Report on horse surra - Volume II, Part II
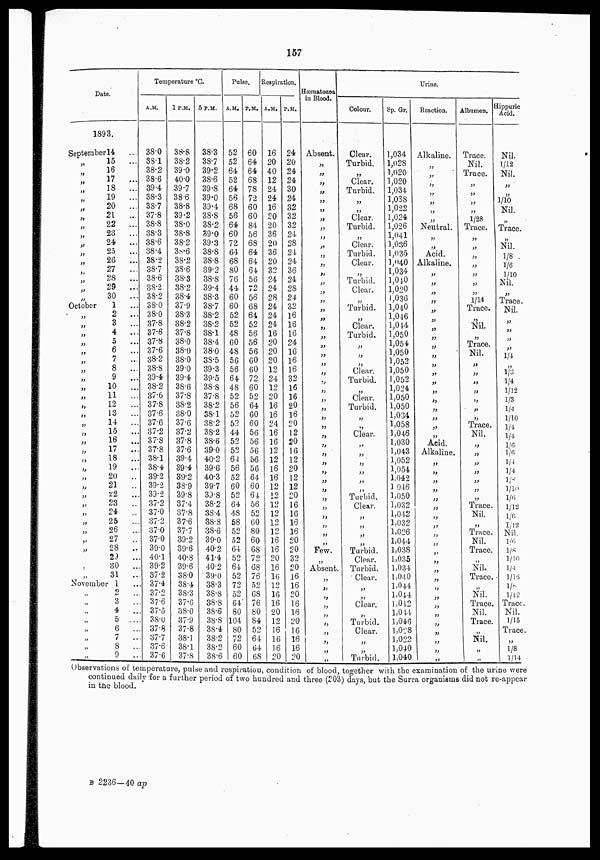
157
Date.
1893.
September 14
„
„
„
„
„
„
„
„
„
„
„
„
„
„
„
„
October
„
„
„
„
„
„
„
„
„
„
„
„
„
„
„
„
„
„
„
„
„
„
„
„
„
„
„
„
„
„
15
...
16
17
...
18
...
19
...
20
...
21
...
22
...
23
...
24
...
25
...
26
...
27
...
28
...
29
...
30
...
1
...
2
...
3
...
4
...
5
...
6
...
7
...
8
...
9
...
10
...
11
...
12
...
13
...
14
...
15
...
16
...
17
...
18
...
19
...
20
...
21 ...
22 ...
23 ...
24 ...
25 ...
26 ...
27 ...
28 ...
29
...
30 ...
31
...
November 1 ...
„
„
„
„
„
„
„
„
2 ...
3 ...
4 ...
5 ...
6 ...
7 ...
8 ...
9 ...
Temperature °C.
A.M.
38.0
38.1
38.2
38.6
39.4
38.3
38.7
37.8
38.8
38.3
38.6
38.4
38.2
38.7
38.6
38.2
38.2
38.0
38.0
37.8
37.6
37.8
37.6
38.2
38.8
39.4
38.2
37.6
37.8
37.6
37.6
37.2
37.8
37.8
38.1
38.4
39.2
39.2
39.2
37.2
37.0
37.2
37.0
37.0
39.0
40.1
39.2
37.2
37.4
37.2
37.6
37.5
38.0
37.8
37.7
37.6
37.6
1 P.M.
38.8
38.2
39.0
40.0
39.7
38.6
38.8
39.2
38.0
38.8
38.2
38.6
38.2
38.6
38.3
38.2
38.4
37.9
38.3
38.2
37.8
38.0
38.0
38.0
39.0
39.4
38.6
37.8
38.2
38.0
37.6
37.2
37.8
37.6
39.4
39.4
39.2
38.9
39.8
37.4
37.8
37.6
37.7
39.2
39.6
40.8
39.6
38.0
38.4
38.3
37.6
38.0
37.9
37.8
38.1
38.1
37.8
5 P.M.
38.3
38.7
39.2
38.6
39.8
39.0
39.4
38.8
38.2
39.0
39.3
38.8
38.8
39.2
38.8
39.4
38.3
38.7
38.2
38.2
38.1
38.4
38.0
38.5
39.3
39.5
38.8
37.8
38.2
38.1
38.2
38.2
38.6
39.0
40.2
39.6
40.3
39.7
39.8
38.2
38.4
38.8
38.6
39.0
40.2
41.4
40.2
39.0
38.3
38.8
38.8
38.6
38.8
38.4
38.2
38.2
38.6
Pulse.
A.M.
52
52
64
52
64
56
68
56
64
60
72
64
68
80
76
44
60
60
52
52
48
60
48
56
56
64
48
52
56
52
52
44
52
52
64
56
52
60
52
64
48
58
52
52
64
52
64
52
72
52
64
80
104
80
72
60
60
P.M.
60
64
64
68
78
72
60
60
84
56
68
64
64
64
56
72
56
68
64
52
56
56
56
60
60
72
60
52
64
60
60
56
56
56
56
56
64
60
64
56
52
60
80
60
68
72
68
76
52
68
76
80
84
52
64
64
68
Respiration.
A.M.
16
20
40
12
24
24
16
20
20
36
20
36
20
32
24
24
28
24
24
24
16
20
20
20
12
24
12
20
16
16
24
16
16
12
12
16
16
12
12
12
12
12
12
16
16
20
16
16
12
16
16
20
12
16
16
16
20
P.M.
24
20
24
24
30
24
32
32
32
24
28
24
24
36
24
28
24
32
16
16
16
24
16
16
16
32
16
16
20
16
20
12
20
16
12
20
12
12
20
16
16
16
16
20
20
32
20
16
16
20
16
16
20
16
16
16
20
Hæmatozoa
in Blood.
Absent.
„
„
„
„
„
„
„
„
„
„
„
„
„
„
„
„
„
„
„
„
„
„
„
„
„
„
„
„
„
„
„
„
„
„
„
„
„
„
„
„
„
„
„
Few.
„
Absent
„
„
„
„
„
„
„
„
„
„
Colour.
Clear.
Turbid.
„
Clear.
Turbid.
„
„
Clear.
Turbid.
„
Clear.
Turbid.
Clear.
„
Turbid.
Clear.
„
Turbid.
„
Clear.
Turbid.
„
„
„
Clear.
Turbid.
„
Clear.
Turbid.
„
„
Clear.
„
„
„
„
„
„
Turbid.
Clear.
„
„
„
„
Turbid.
Clear.
Turbid.
Clear.
„
„
Clear.
„
Turbid.
Clear.
„
„
Tarbid.
Sp. Gr.
1,034
1,028
1,020
1,020
1,034
1,038
1,022
1,024
1,026
1,041
1,036
1,035
1,040
1,034
1,040
1,020
1,036
1,040
1,046
1,044
1,050
1,054
1,050
1,052
1,050
1,052
1,024
1,050
1,050
1,034
1,058
1,046
1,030
1,043
1,052
1,054
1,042
1046
1,050
1,032
1,042
1,032
1,026
1,044
1,038
1,035
1,034
1,040
1,044
1,044
1,042
1,044
1,046
1,028
1,022
1,040
1,040
Urine.
Reaction.
Alkaline.
„
„
„
„
„
„
„
Neutral.
„
„
Acid.
Alkaline.
„
„
„
„
„
„
„
„
„
„
„
„
„
„
„
„
„
„
„
Acid.
Alkaline.
„
„
„
„
„
„
„
„
„
„
„
„
„
„
„
„
„
„
„
„
„
„
„
Albumen.
Trace.
Nil.
Trace.
„
„
„
„
1/28
Trace.
„
„
„
„
„
„
„
1/14
Trace.
„
Nil.
„
Trace.
Nil.
„
„
„
„
„
„
„
Trace.
Nil.
„
„
„
„
„
„
„
Trace.
Nil.
„
Trace.
Nil.
Trace.
„
Nil.
Trace.
„
Nil.
Trace.
Nil.
Trace.
„
Nil.
„
„
Hippuric
Acid.
Nil.
1/12
Nil.
„
„
1/10
Nil.
„
Trace.
„
Nil.
1/8
1/6
1/10
Nil.
„
Trace.
Nil.
„
„
„
„
¼
„
1/3
¼
1/12
1/3
¼
1/10
¼
¼
1/6
1/6
¼
¼
⅛
1/10
1/6
1/12
1/6
1/12
Nil.
1/6
1/8
1/10
¼
1/16
„
„
Trace.
Nil.
1/15
Trace.
„
1/8
1/14
Observations of temperature, pulse and respiration, condition of blood, together with the examination of the urine were
continued daily for a further period of two hundred and three (203) days, but the Surra organisms did not re-appear
in the blood.
B 2236—40 ap